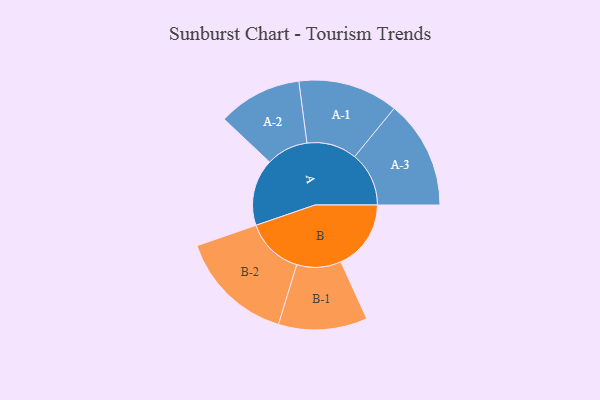
{"axis": {"x": "Segment", "y": "Value"}, "legend": ["", "A", "B"], "data": [{"x": "A", "y": 320, "type": ""}, {"x": "B", "y": 336, "type": ""}, {"x": "A-1", "y": 240, "type": "A"}, {"x": "A-2", "y": 201, "type": "A"}, {"x": "A-3", "y": 260, "type": "A"}, {"x": "B-1", "y": 213, "type": "B"}, {"x": "B-2", "y": 277, "type": "B"}]}